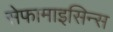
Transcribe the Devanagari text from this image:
सेफामाइसिन्स